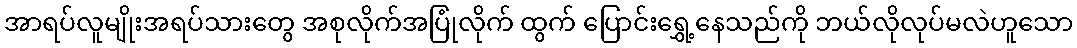
အာရပ်လူမျိုးအရပ်သားတွေ အစုလိုက်အပြုံလိုက် ထွက် ပြောင်းရွှေ့နေသည်ကို ဘယ်လိုလုပ်မလဲဟူသော